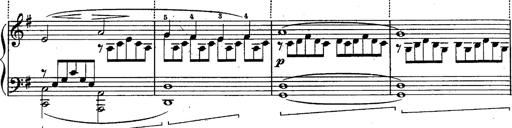
Title: Schubert's Impromptus [revised and edited by Franz Liszt]
Composer: Franz Liszt